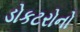
ડોકટરોનો